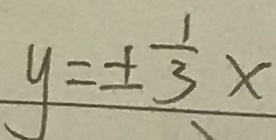
y = \pm \frac { 1 } { 3 } x